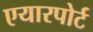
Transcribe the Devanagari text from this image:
एयारपोर्ट